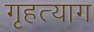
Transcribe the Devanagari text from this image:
गृहत्‍याग